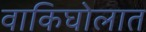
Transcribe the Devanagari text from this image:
वाकिघोलात